Report on vaccination in Madras 1877-1894 - 1877-1894
Year: 1877
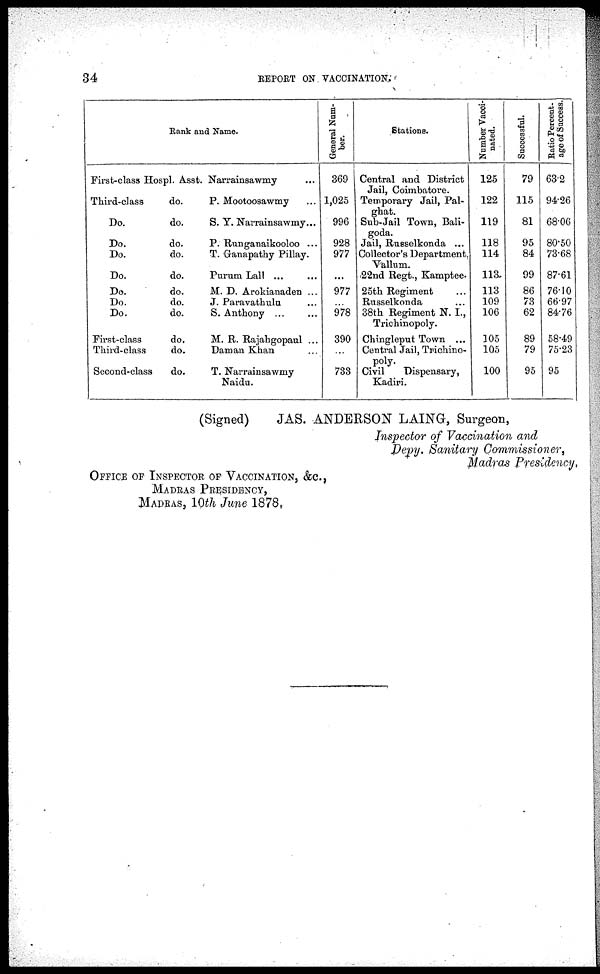
34
REPORT ON VACCINATION.
Rank and Name.
First-class Hospl. Asst. Narrainsawmy ...
Third-class
do.
P. Mootoosawmy ...
Do.
do.
S. T. Narrainsawmy...
Do.
do.
P. Runganaikooloo ...
Do.
do.
T. Ganapathy Pillay.
Do.
do.
Purum Lall ...
Do.
do.
M. D. Arokianaden ...
Do.
do.
J. Paravathulu ...
Do.
do.
S. Anthony
...
...
First-class
do.
M. R. Rajahgopaul ...
Third-class
do.
Daman Khan ...
Second-class
do.
T. Narrainsawmy
Naidu.
General Num-
ber.
369
1,025
996
928
977
...
977
...
978
390
...
733
Stations.
Central and District
Jail, Coimbatore.
Temporary Jail, Pal¬
ghat.
Sub-Jail Town, Bali¬
goda.
Jail, Russelkonda ...
Collector's Department,
Vallum.
22nd Regt., Kamptee.
25th Regiment ...
Russelkonda ...
38th Regiment N. I.,
Trichinopoly.
Chingleput Town ...
Central Jail, Trichino-
poly.
Civil
Dispensary,
Kadiri.
Number Vacci-
nated.
125
122
119
118
114
113
113
109
106
105
105
100
Successful.
79
115
81
95
84
99
86
73
62
89
79
95
Ratio Percent¬
age of Success.
63.2
94.26
68.06
80.50
73.68
87.61
76.10
66.97
84.76
58.49
75.23
95
(Signed)
JAS. ANDERSON LAING, Surgeon,
Inspector of Vaccination and
Depy. Sanitary Commissioner,
Madras Presidency.
OFFICE OF INSPECTOR OF VACCINATION, &c.,
MADRAS PRESIDENCY,
MADRAS, 10th June 1878.